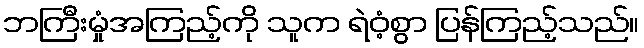
ဘကြီးမှုံအကြည့်ကို သူက ရဲဝံ့စွာ ပြန်ကြည့်သည်။